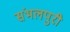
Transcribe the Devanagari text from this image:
संभलपुरी